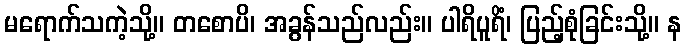
မရောက်သကဲ့သို့။ တစောပိ၊ အခွန်သည်လည်း။ ပါရိပူရိံ၊ ပြည့်စုံခြင်းသို့။ န